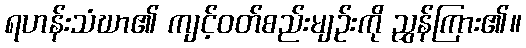
ရဟန်းသံဃာ၏ ကျင့်ဝတ်စည်းမျဉ်းကို ညွှန်ကြား၏။